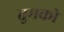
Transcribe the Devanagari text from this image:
तुमकोे